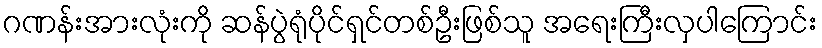
ဂဏန်းအားလုံးကို ဆန်ပွဲရုံပိုင်ရှင်တစ်ဦးဖြစ်သူ အရေးကြီးလှပါကြောင်း